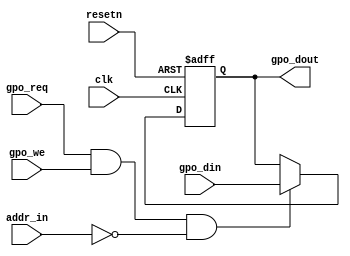
module gpo #(
    parameter NBIT = 4
) (
    input wire             clk,
    input wire             resetn,
    input wire [3     : 0] addr_in,
    input wire [NBIT-1: 0] gpo_din,
    input wire             gpo_req,
    input wire             gpo_we,
    output reg [NBIT-1: 0] gpo_dout
);

wire din_val = gpo_req & gpo_we & (addr_in == 4'b0000);

always @ (posedge clk or negedge resetn) begin
    if (!resetn)        gpo_dout <= {NBIT{1'b0}};
    else if (din_val)   gpo_dout <= gpo_din;
end
endmodule